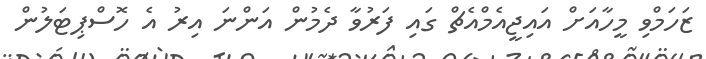
ޒަހަމްވި މީހާއަށް އައިޖީއެމްއެޗް ގައި ފަރުވާ ދެމުން އަންނަ އިރު އެ ހޮސްޕިޓަލުން